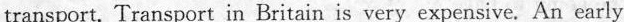
transport.Transport in Britain is very expensive. An early